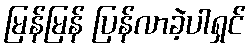
မြန်မြန် ပြန်လာခဲ့ပါရှင်